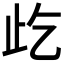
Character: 𱤾